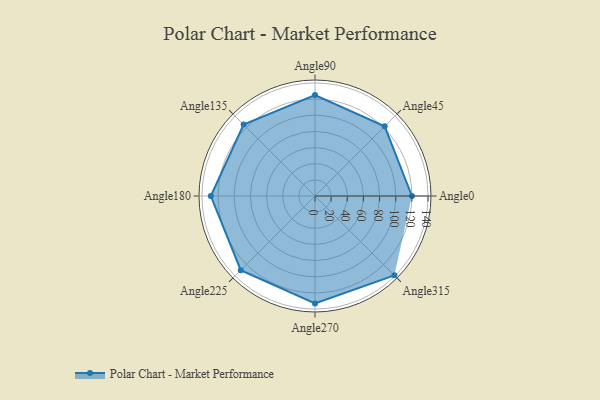
{"axis": {"x": "Angle", "y": "Radius"}, "legend": [""], "data": [{"x": "Angle0", "y": 120.0, "type": ""}, {"x": "Angle45", "y": 122.0, "type": ""}, {"x": "Angle90", "y": 125.0, "type": ""}, {"x": "Angle135", "y": 125.0, "type": ""}, {"x": "Angle180", "y": 129.0, "type": ""}, {"x": "Angle225", "y": 130.0, "type": ""}, {"x": "Angle270", "y": 133.0, "type": ""}, {"x": "Angle315", "y": 139.0, "type": ""}]}